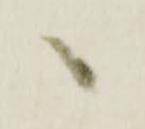
へ